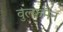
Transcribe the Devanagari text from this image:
वुल्फमैन